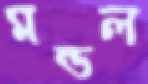
মন্ডল